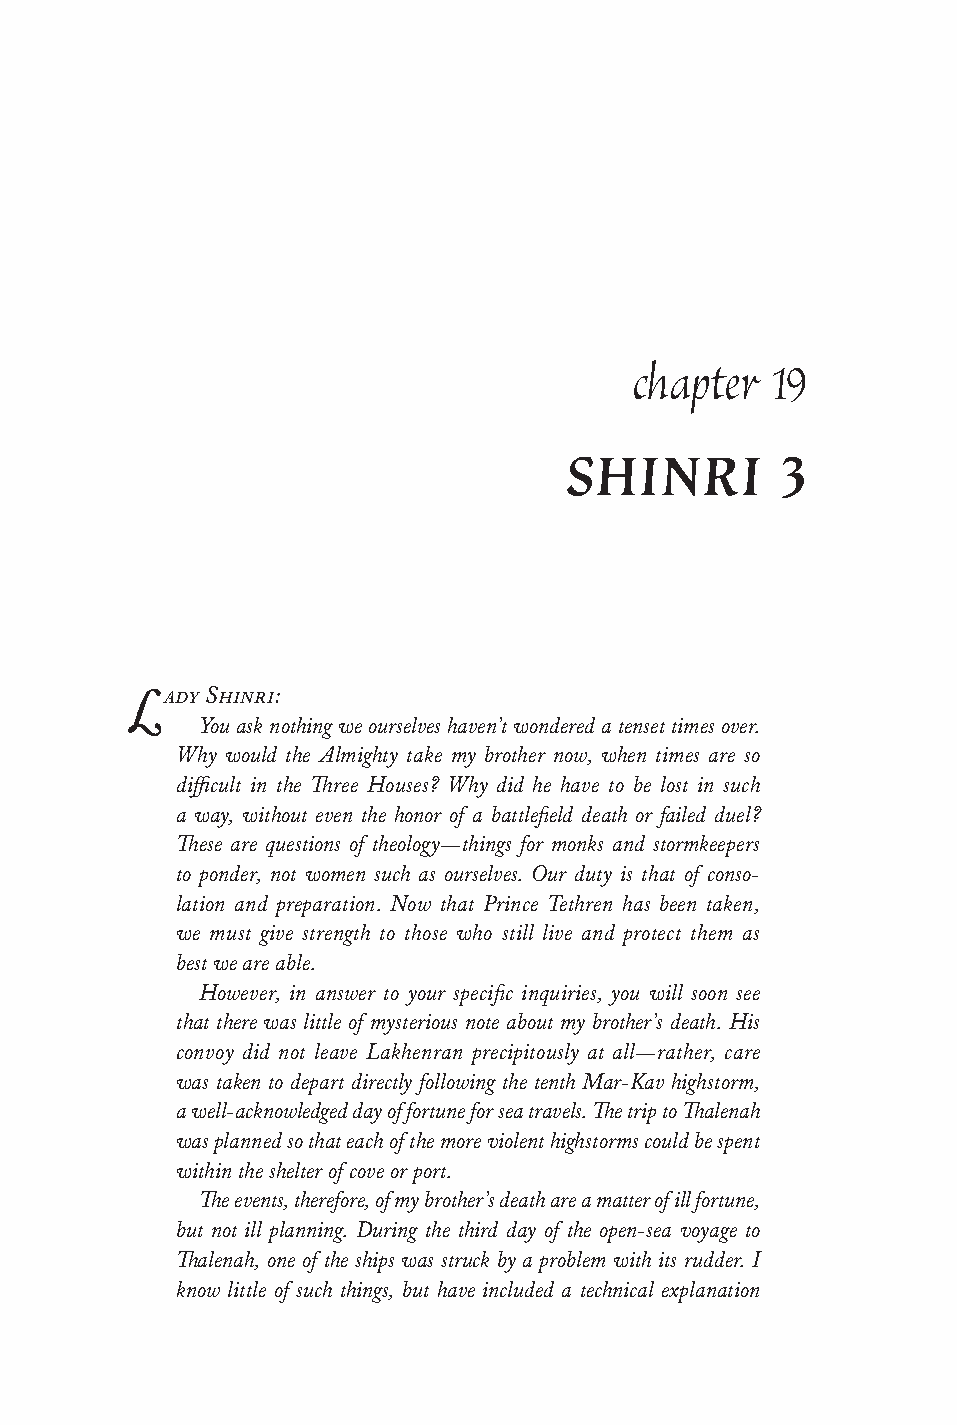
chapter  19
 SHINRI         3
 Lady Shinri:
 You ask nothing we ourselves haven’t wondered a tenset times over.
 Why would the Almighty take my brother now, when times are so
 difficult in the Three Houses? Why did he have to be lost in such
 a way, without even the honor of a battlefield death or failed duel?
 These are questions of theology—things for monks and stormkeepers
 to ponder, not women such as ourselves. Our duty is that of conso-
 lation and preparation. Now that Prince Tethren has been taken,
 we must give strength to those who still live and protect them as
 best we are able.
 However, in answer to your specific inquiries, you will soon see
 that there was little of mysterious note about my brother’s death. His
 convoy did not leave Lakhenran precipitously at all—rather, care
 was taken to depart directly following the tenth Mar-Kav highstorm,
 a well-acknowledged day of fortune for sea travels. The trip to Thalenah
 was planned so that each of the more violent highstorms could be spent
 within the shelter of cove or port.
 The events, therefore, of my brother’s death are a matter of ill fortune,
 but not ill planning. During the third day of the open-sea voyage to
 Thalenah, one of the ships was struck by a problem with its rudder. I
 know little of such things, but have included a technical explanation